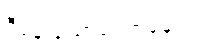
ဒီနေ့ သောကြောနေ့ပါ။